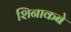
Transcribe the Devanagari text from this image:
शिनाकबे